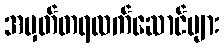
အမှတ်တရလက်ဆောင်များ